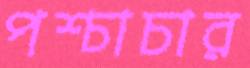
পশ্চাচার